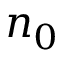
n _ { 0 }